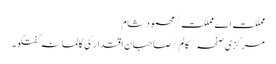
مملکت اے مملکت/محمود شام
مرکزی صفحہ/ کالم/صاحبانِ اقتدار کی گالمانہ گفتگو۔